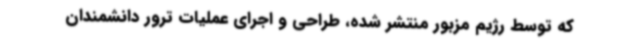
که توسط رژیم مزبور منتشر شده، طراحی و اجرای عملیات ترور دانشمندان